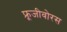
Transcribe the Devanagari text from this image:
फ्रूजीवोरस